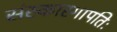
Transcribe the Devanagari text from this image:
संस्कारगापतिः